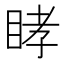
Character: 𥆔